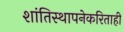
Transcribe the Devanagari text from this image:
शांतिस्थापनेकरिताही